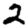
Digit: 2